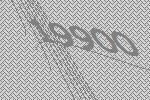
19900